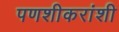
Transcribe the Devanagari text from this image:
पणशीकरांशी